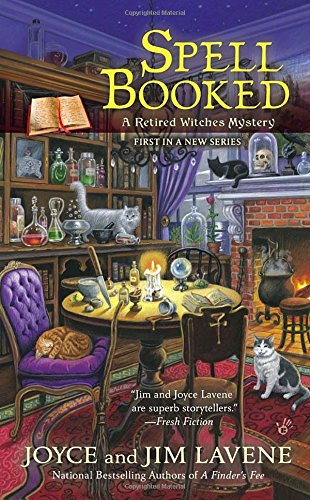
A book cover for Spell Booked (Retired Witches Mysteries); Joyce and Jim Lavene; Mystery, Thriller & Suspense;